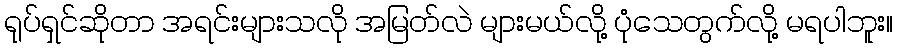
ရုပ်ရှင်ဆိုတာ အရင်းများသလို အမြတ်လဲ များမယ်လို့ ပုံသေတွက်လို့ မရပါဘူး။